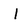
Character: I